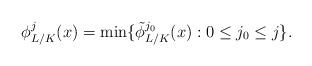
LaTeX: \begin{align*} \phi_{L/K}^j(x)=\min\{\tilde{\phi}_{L/K}^{j_0}(x):0\le j_0\le j\}.\end{align*}